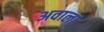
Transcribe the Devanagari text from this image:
अवाला